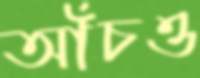
আঁচও